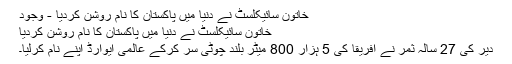
خاتون سائیکلسٹ نے دنیا میں پاکستان کا نام روشن کردیا - وجود
خاتون سائیکلسٹ نے دنیا میں پاکستان کا نام روشن کردیا
دیر کی 27 سالہ ثمر نے افریقا کی 5 ہزار 800 میٹر بلند چوٹی سر کرکے عالمی ایوارڈ اپنے نام کرلیا۔